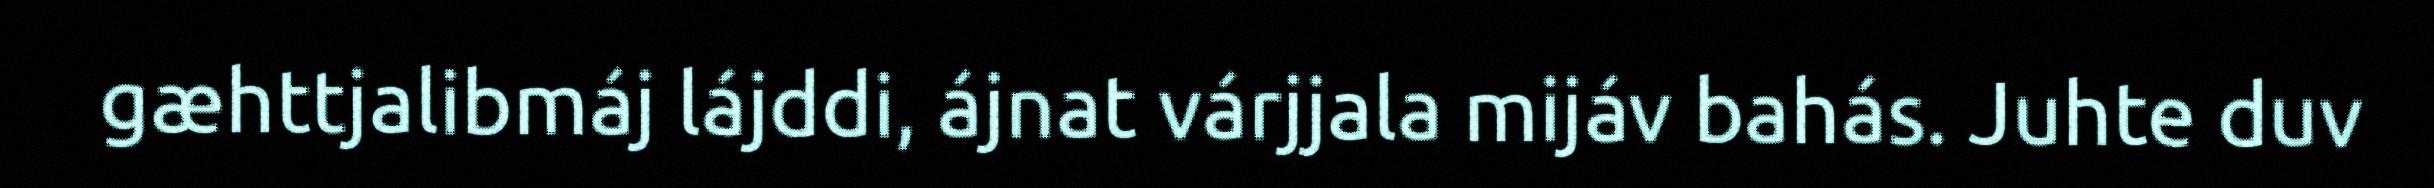
gæhttjalibmáj lájddi, ájnat várjjala mijáv bahás. Juhte duv